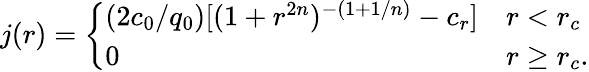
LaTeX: j(r)=\left\{ \begin{array}{ll}{(2c_{0}/q_{0})[(1+r^{2n})^{-(1+1/n)}-c_{r}]}&{r<r_{c}}\\ {0}&{r\ge r_{c}.}\end{array}\right.